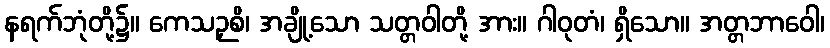
နရက်ဘုံတို့၌။ ကေသဉှစိ၊ အချို့သော သတ္တဝါတို့ အား။ ဂါဝုတံ၊ ရှိသော။ အတ္တဘာဝေါ၊